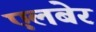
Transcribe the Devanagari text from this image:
एलबेर